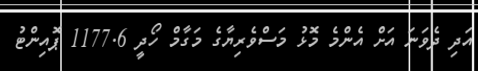
އަދި ދެވަނަ އަށް އެންމެ މޮޅު މަސްވެރިޔާގެ މަގާމް ހޯދީ 1177.6 ޕޮއިންޓު